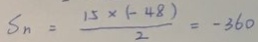
S _ { n } = \frac { 1 5 \times ( - 4 8 ) } { 2 } = - 3 6 0